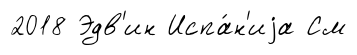
2018 Эдв'ин Испа́н'иjа См